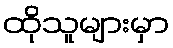
ထိုသူများမှာ